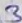
Text: 3